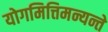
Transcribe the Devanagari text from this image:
योगमित्तिमन्यन्ते